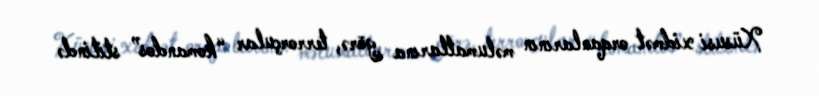
Xüsusi xidmət orqanlarının məlumatlarına görə, terrorçular “komandos” stilində